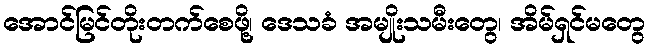
အောင်မြင်တိုးတက်စေဖို့၊ ဒေသခံ အမျိုးသမီးတွေ၊ အိမ်ရှင်မတွေ